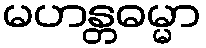
မဟန္တဓမ္မာ